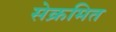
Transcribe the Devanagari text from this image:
सेक्रमित